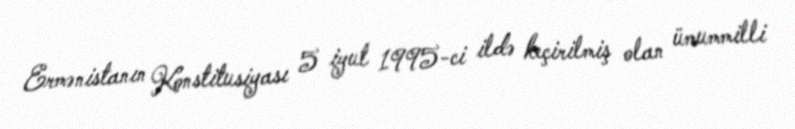
Ermənistanın Konstitusiyası 5 iyul 1995-ci ildə keçirilmiş olan ümummilli